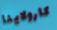
كارولاينا